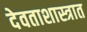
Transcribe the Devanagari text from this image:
देवताशास्त्रात